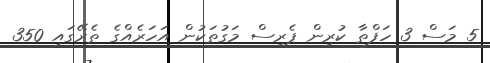
5 މަސް 3 ހަފްތާ ކުރިން ޕެރިސް މަގުތަކުން އަހަރެއްގެ ތެރޭގައި 350